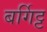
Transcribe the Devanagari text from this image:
बर्गिट्ट